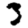
Digit: 3